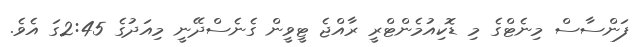
ފަންސާސް މިނެޓްގެ މި ޑޮކިއުމެންޓްރީ ރާއްޖެ ޓީވީން ގެނެސްދޭނީ މިއަދުގެ 2:45ގަ އެވެ.